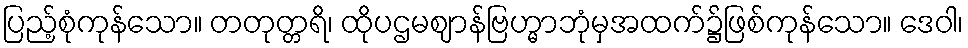
ပြည့်စုံကုန်သော။ တတုတ္တရိ၊ ထိုပဌမဈာန်ဗြဟ္မာဘုံမှအထက်၌ဖြစ်ကုန်သော။ ဒေဝါ၊